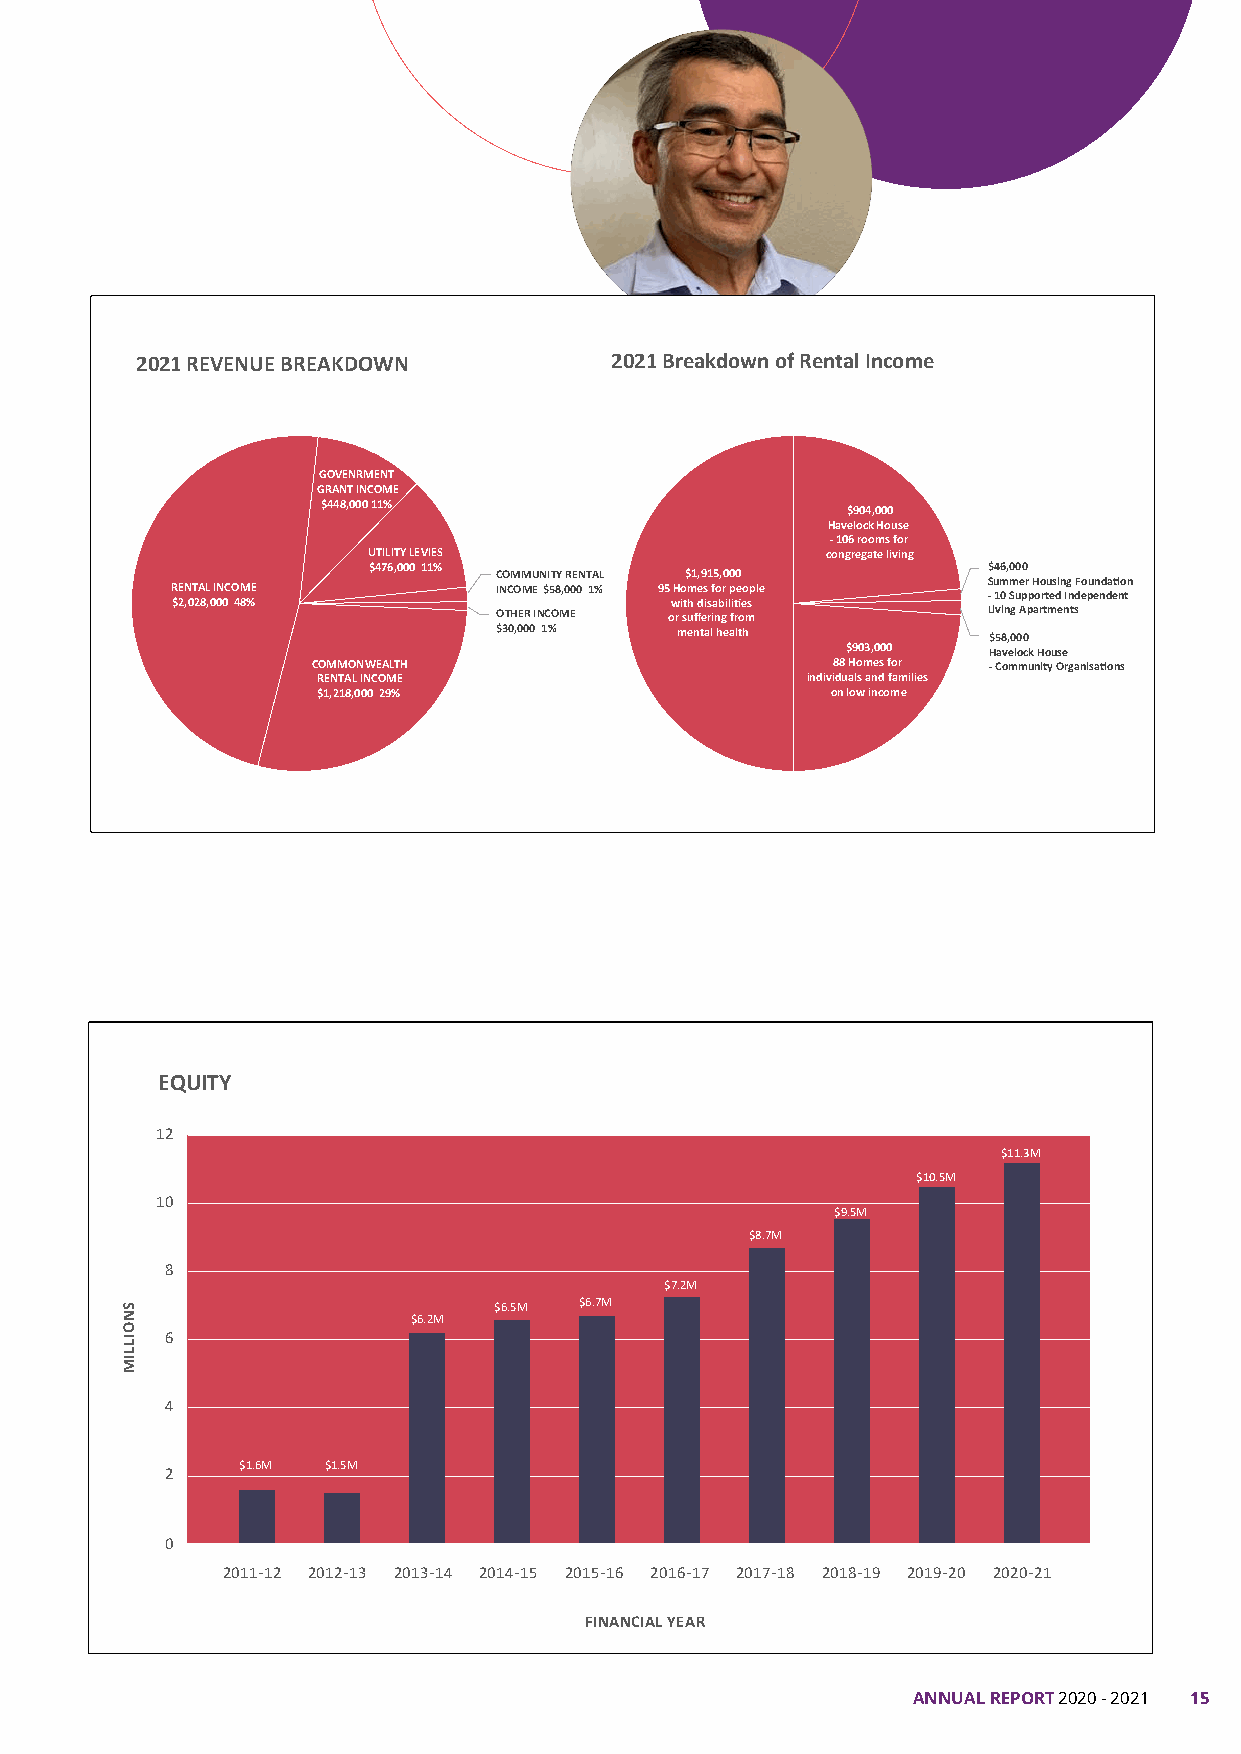
2021 REVENUE BREAKDOWN         2021 Breakdown of Rental Income
 GOVENRMENT
 GRANT INCOME
 $448,000 11%                       $904,000
 Havelock House
 - 106 rooms for
 UTILITY LEVIES                 congregate living
 $476,000 11%                             $46,000
 COMMUNITY RENTAL $1,915,000
 Summer Housing Foundation
 RENTAL INCOME         INCOME $58,000 1% 95 Homes for people
 - 10 Supported Independent
 $2,028,000 48%                   with disabilities
 OTHER INCOME or suffering from  Living Apartments
 $30,000 1%  mental health       $58,000
 $903,000 Havelock House
 COMMONWEALTH                      88 Homes for - Community Organisations
 RENTAL INCOME                   individuals and families
 $1,218,000 29%                    on low income
 EQUITY
 12
 $11.3M
 $10.5M
 10
 $9.5M
 $8.7M
 8
 $7.2M
 $6.5M $6.7M
 $6.2M
 6
 4
 $1.6M $1.5M
 2
 0
 2011-12 2012-13 2013-14 2014-15 2015-16 2016-17 2017-18 2018-19 2019-20 2020-21
 FINANCIAL YEAR
 ANNUAL REPORT 2020 - 2021 15
 SNOILLIM